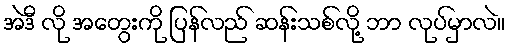
အဲဒီ လို အတွေးကို ပြန်လည် ဆန်းသစ်လို့ ဘာ လုပ်မှာလဲ။